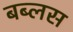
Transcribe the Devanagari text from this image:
बब्लस